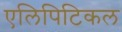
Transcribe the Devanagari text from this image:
एलिपिटिकल